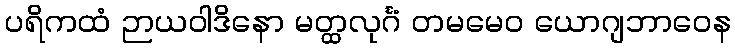
ပရိကထံ ဉာယဝါဒိနော မတ္ထလုင်္ဂံ တမမေဝ ယောဂျဘာဝေန